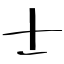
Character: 士